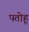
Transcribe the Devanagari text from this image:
पतोहू